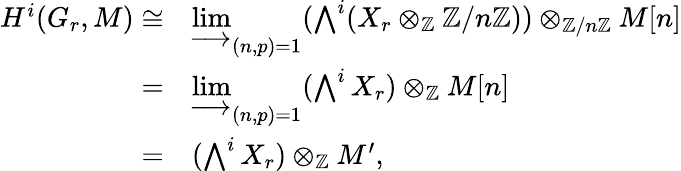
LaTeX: \begin{array}{rl}{H^{i}(G_{r},M)\cong}&{\varinjlim_{(n,p)=1}(\bigwedge^{i}(X_{r}\otimes_{{\mathbb Z}}{\mathbb Z}/n{\mathbb Z}))\otimes_{{\mathbb Z}/n{\mathbb Z}}M[n]}\\ {=}&{\varinjlim_{(n,p)=1}(\bigwedge^{i}X_{r})\otimes_{{\mathbb Z}}M[n]}\\ {=}&{(\bigwedge^{i}X_{r})\otimes_{{\mathbb Z}}M^{\prime},}\end{array}